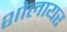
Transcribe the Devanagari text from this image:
शोलायर